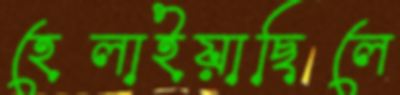
হেলাইয়াছিলে